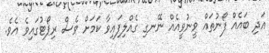
އަދި ބައެއް ފޯނުތައް ވީނުވީއެއް ނޭނގި ގެއްލިފައިވާ ކަމަށް ވެސް ރިޕޯޓުގައިވެ އެވެ.